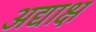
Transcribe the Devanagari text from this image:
अद्याक्ष